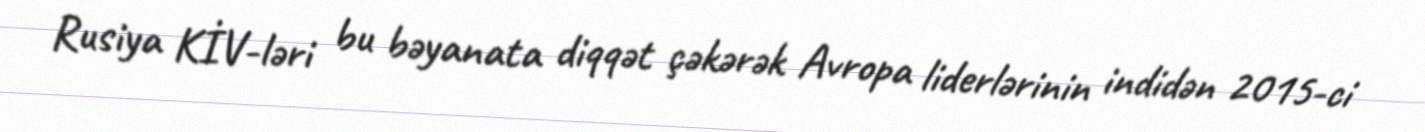
Rusiya KİV-ləri bu bəyanata diqqət çəkərək Avropa liderlərinin indidən 2015-ci